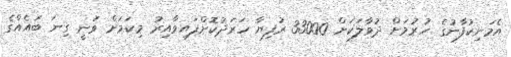
އެމަނިކުފާނުގެ ހުރުމަށް ދުވާލަކަށް 33000 ރުފިޔާ ހަރަދުކޮށްފައިވާއިރު މިކަމަށް ވަނީ ގިނަ ބައެއްގެ